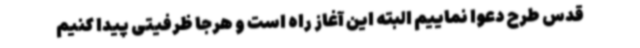
قدس طرح دعوا نماییم البته این آغاز راه است و هرجا ظرفیتی پیدا کنیم